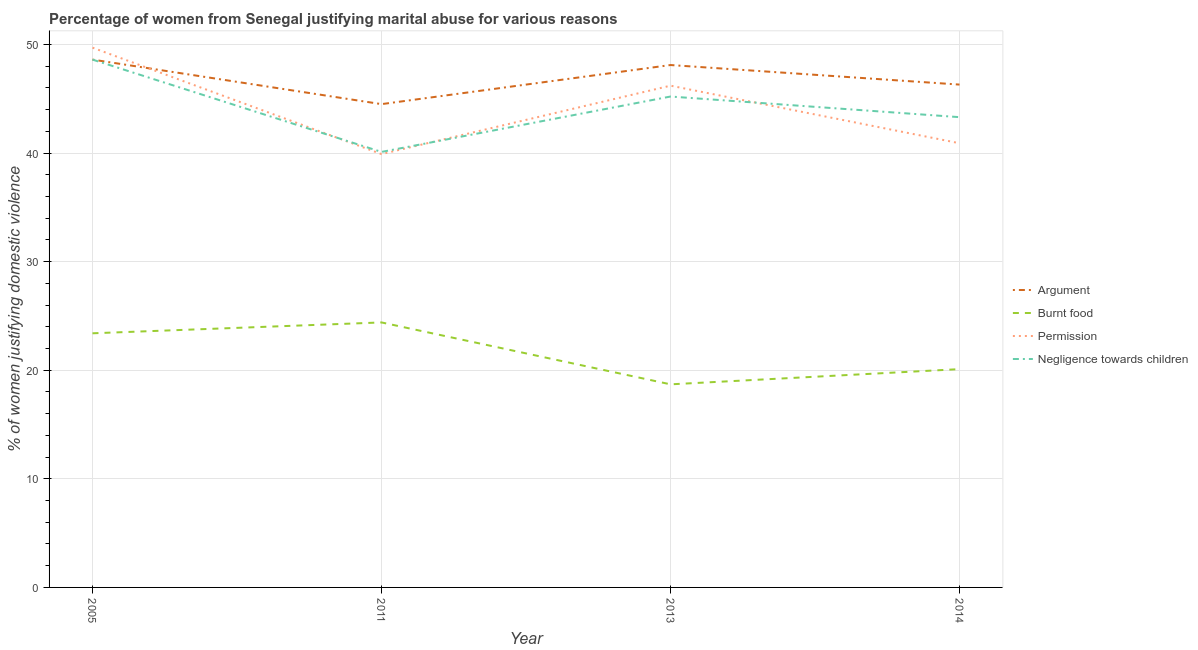
| Year | Argument | Burnt food | Permission | Negligence towards children |
 | --- | --- | --- | --- | --- |
 | 2005 | 48.6 | 23.4 | 49.7 | 48.6 |
 | 2011 | 44.5 | 24.4 | 39.9 | 40.1 |
 | 2013 | 48.1 | 18.7 | 46.2 | 45.2 |
 | 2014 | 46.3 | 20.1 | 40.9 | 43.3 |